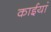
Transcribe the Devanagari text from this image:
काईयां